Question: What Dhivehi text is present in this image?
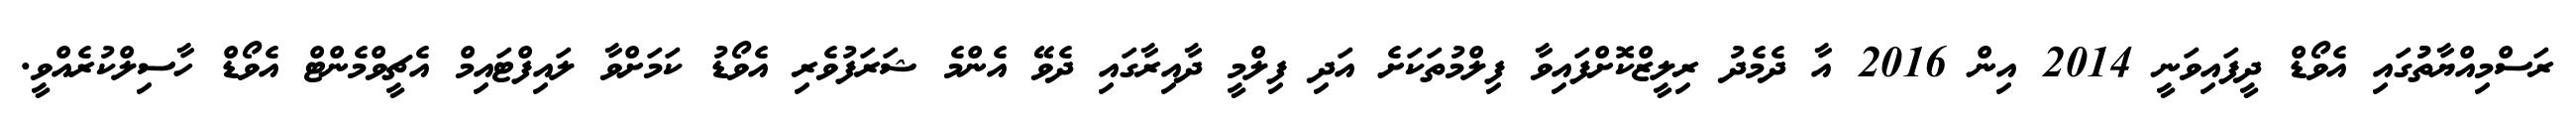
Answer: ރަސްމިއްޔާތުުގައި އެވޯޑް ދީފައިވަނީ 2014 އިން 2016 އާ ދެމެދު ރިލީޒްކޮށްފައިވާ ފިލްމުތަކަށެ އަދި ފިލްމީ ދާއިރާގައި ދެވޭ އެންމެ ޝަރަފުވެރި އެވޯޑު ކަމަށްވާ ލައިފްޓައިމް އެޗީވްމެންޓް އެވޯޑް ހާސިލްކުރެއްވީ.